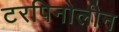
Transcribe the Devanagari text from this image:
टरपिनोलीन